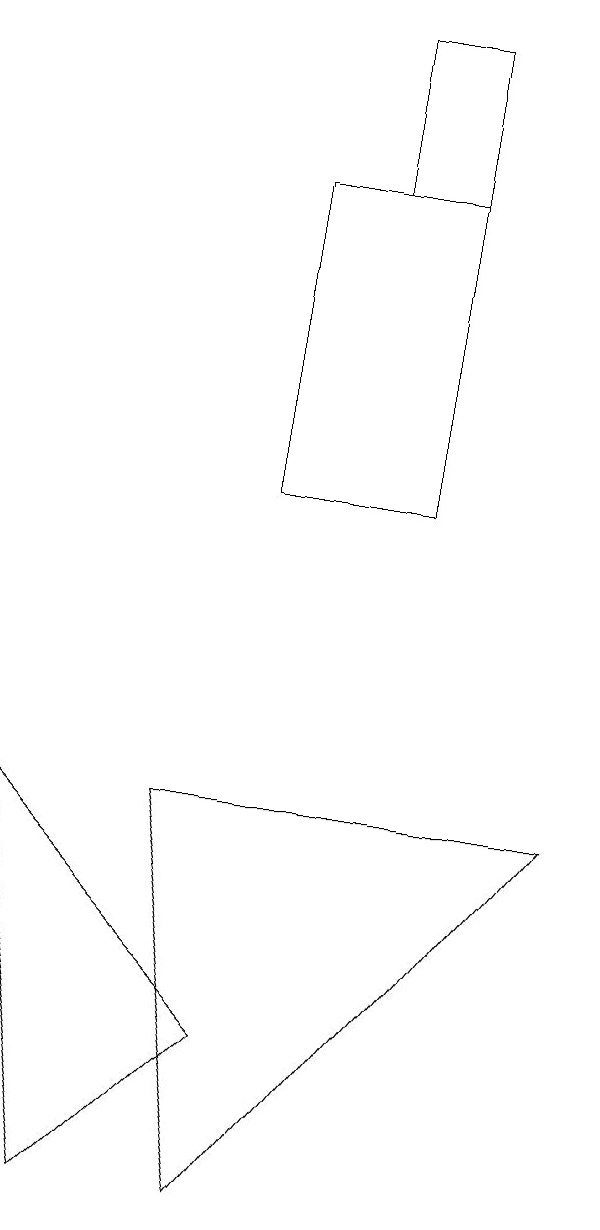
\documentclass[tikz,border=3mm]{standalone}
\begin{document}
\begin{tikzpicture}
\draw (4,3) -- (8,8) -- (3,8) -- cycle;
\draw (6,18) rectangle (5,16);
\draw (4,16) rectangle (6,12);
\draw (4,5) -- (2,3) -- (1,8) -- cycle;
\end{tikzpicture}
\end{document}